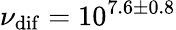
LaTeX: \nu_{\mathrm{dif}}=10^{7.6\pm 0.8}